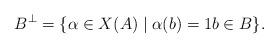
LaTeX: \begin{align*} B^\perp=\{\alpha\in X(A)\mid \alpha(b)=1b\in B\}.\end{align*}